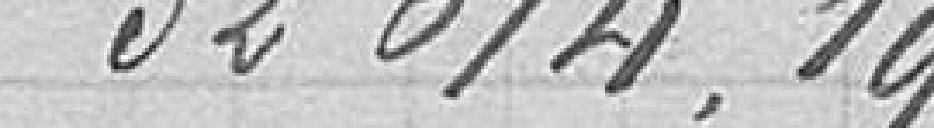
32614,19